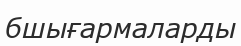
бшығармаларды